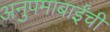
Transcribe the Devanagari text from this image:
अनुपमाबाईंची